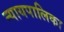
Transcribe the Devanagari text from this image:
न्‍यायपालिका